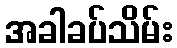
အခါခပ်သိမ်း